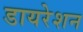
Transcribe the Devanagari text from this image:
डायरेशन